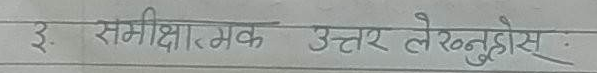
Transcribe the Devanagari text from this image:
३. समीक्षात्मक उत्तर लेख्नुहोस्।